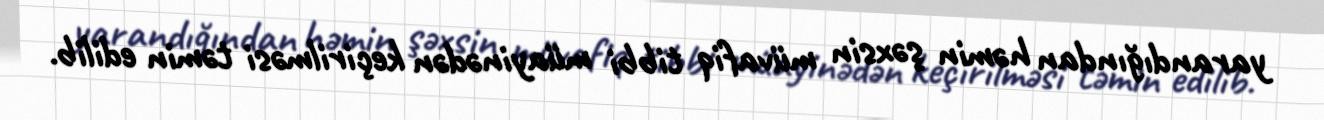
yarandığından həmin şəxsin müvafiq tibbi müayinədən keçirilməsi təmin edilib.